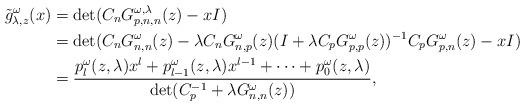
LaTeX: \begin{align*}\tilde{g}^\omega_{\lambda,z}(x)&=\det(C_n G^{\omega,\lambda}_{p,n,n}(z)-xI)\\&=\det(C_n G^\omega_{n,n}(z)-\lambda C_n G^\omega_{n,p}(z)(I+\lambda C_p G^\omega_{p,p}(z))^{-1}C_p G^\omega_{p,n}(z)-xI)\\&=\frac{p_l^\omega(z,\lambda)x^l+p_{l-1}^\omega(z,\lambda)x^{l-1}+\cdots+p_0^\omega(z,\lambda) }{\det(C_p^{-1}+\lambda G^\omega_{n,n}(z))},\end{align*}